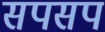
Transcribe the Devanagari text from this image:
सपसप